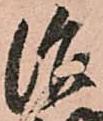
治